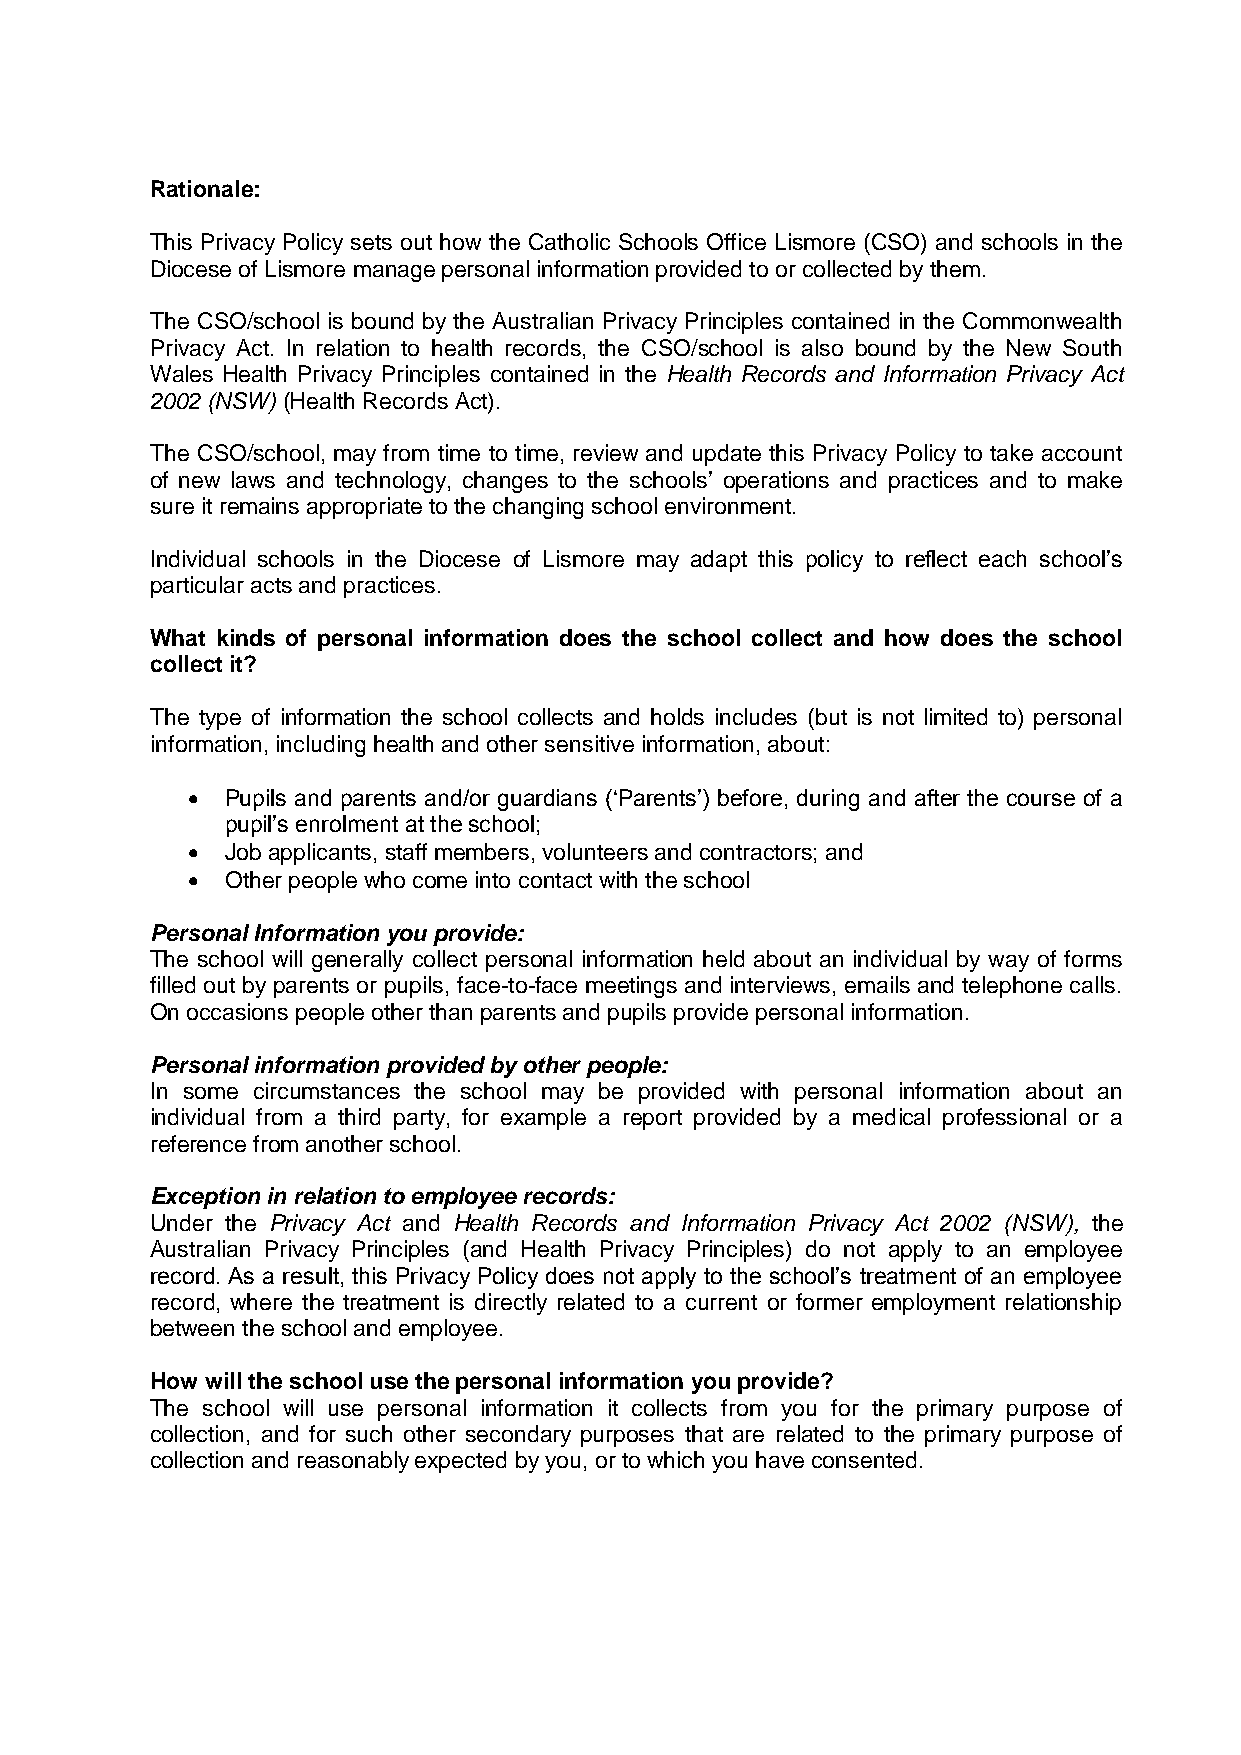
Rationale:
 This Privacy Policy sets out how the Catholic Schools Office Lismore (CSO) and schools in the
 Diocese of Lismore manage personal information provided to or collected by them.
 The CSO/school is bound by the Australian Privacy Principles contained in the Commonwealth
 Privacy Act. In relation to health records, the CSO/school is also bound by the New South
 Wales Health Privacy Principles contained in the Health Records and Information Privacy Act
 2002 (NSW) (Health Records Act).
 The CSO/school, may from time to time, review and update this Privacy Policy to take account
 of new laws and technology, changes to the schools’ operations and practices and to make
 sure it remains appropriate to the changing school environment.
 Individual schools in the Diocese of Lismore may adapt this policy to reflect each school’s
 particular acts and practices.
 What kinds of personal information does the school collect and how does the school
 collect it?
 The type of information the school collects and holds includes (but is not limited to) personal
 information, including health and other sensitive information, about:
   Pupils and parents and/or guardians (‘Parents’) before, during and after the course of a
 pupil’s enrolment at the school;
   Job applicants, staff members, volunteers and contractors; and
   Other people who come into contact with the school
 Personal Information you provide:
 The school will generally collect personal information held about an individual by way of forms
 filled out by parents or pupils, face-to-face meetings and interviews, emails and telephone calls.
 On occasions people other than parents and pupils provide personal information.
 Personal information provided by other people:
 In some circumstances the school may be provided with personal information about an
 individual from a third party, for example a report provided by a medical professional or a
 reference from another school.
 Exception in relation to employee records:
 Under the Privacy Act and Health Records and Information Privacy Act 2002 (NSW), the
 Australian Privacy Principles (and Health Privacy Principles) do not apply to an employee
 record. As a result, this Privacy Policy does not apply to the school’s treatment of an employee
 record, where the treatment is directly related to a current or former employment relationship
 between the school and employee.
 How will the school use the personal information you provide?
 The school will use personal information it collects from you for the primary purpose of
 collection, and for such other secondary purposes that are related to the primary purpose of
 collection and reasonably expected by you, or to which you have consented.